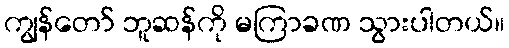
ကျွန်တော် ဘူဆန်ကို မကြာခဏ သွားပါတယ်။